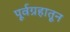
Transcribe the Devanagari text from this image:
पूर्वग्रहातून